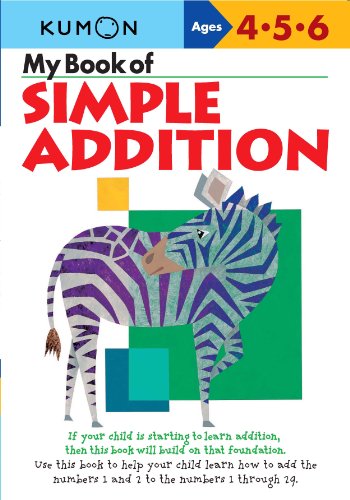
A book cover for My Book of Simple Addition: Ages 4-5-6; Kumon Workbooks; Children's Books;